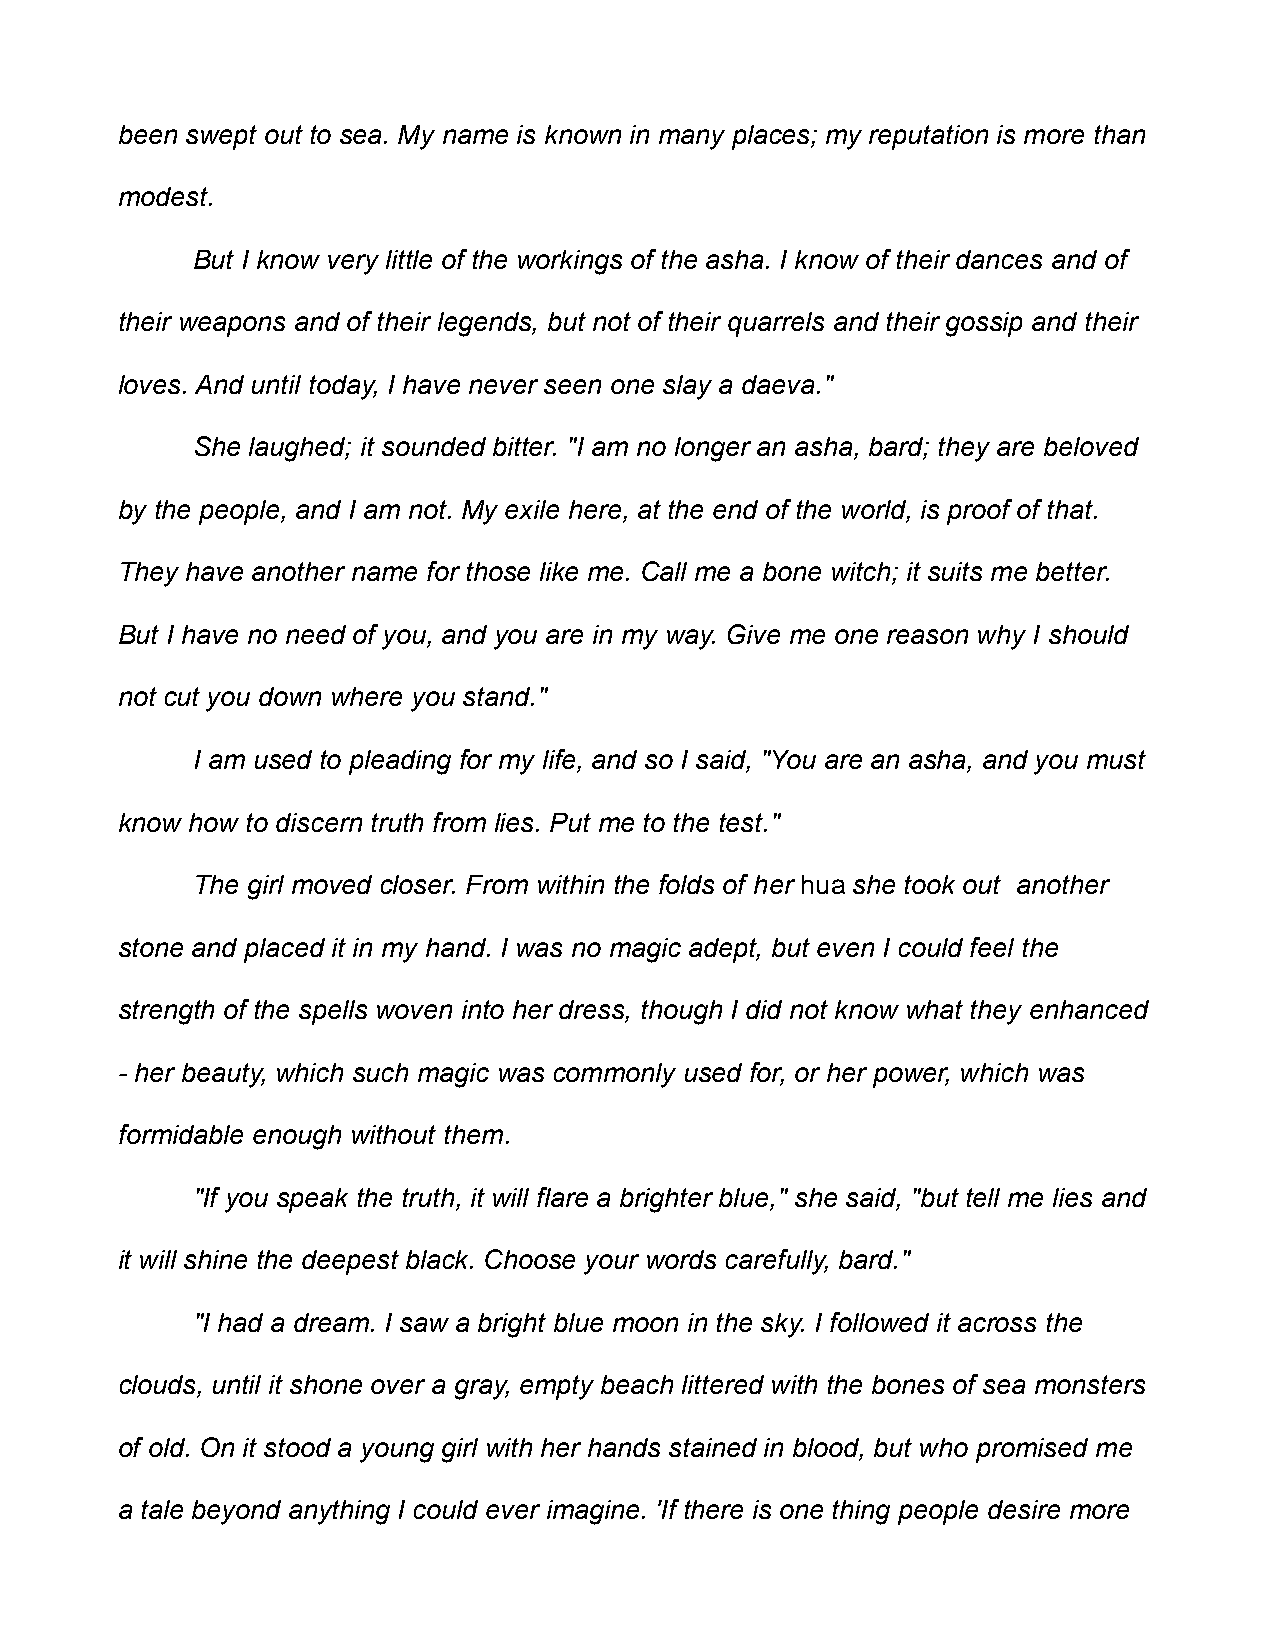
been swept out to sea. My name is known in many places; my reputation is more than
 modest.
 But I know very little of the workings of the asha. I know of their dances and of
 their weapons and of their legends, but not of their quarrels and their gossip and their
 loves. And until today, I have never seen one slay a daeva."
 She laughed; it sounded bitter. "I am no longer an asha, bard; they are beloved
 by the people, and I am not. My exile here, at the end of the world, is proof of that.
 They have another name for those like me. Call me a bone witch; it suits me better.
 But I have no need of you, and you are in my way. Give me one reason why I should
 not cut you down where you stand."
 I am used to pleading for my life, and so I said, "You are an asha, and you must
 know how to discern truth from lies. Put me to the test."
 The girl moved closer. From within the folds of her hua she took out another
 stone and placed it in my hand. I was no magic adept, but even I could feel the
 strength of the spells woven into her dress, though I did not know what they enhanced
 - her beauty, which such magic was commonly used for, or her power, which was
 formidable enough without them.
 "If you speak the truth, it will flare a brighter blue," she said, "but tell me lies and
 it will shine the deepest black. Choose your words carefully, bard."
 "I had a dream. I saw a bright blue moon in the sky. I followed it across the
 clouds, until it shone over a gray, empty beach littered with the bones of sea monsters
 of old. On it stood a young girl with her hands stained in blood, but who promised me
 a tale beyond anything I could ever imagine. 'If there is one thing people desire more